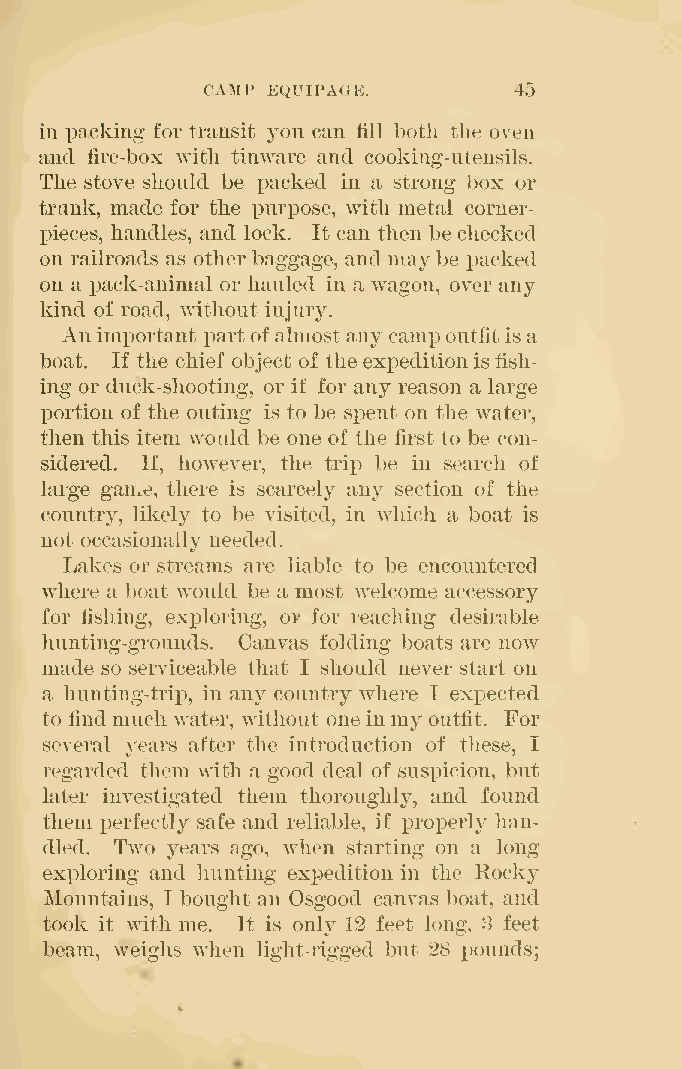
CAMP EQUIPAGE.       45
 in packing for transit you can fill both the oven
 and fire-box with tinware and cooking-utensils.
 The stove should be packed in a strong box or
 trunk, made for the purpose, with metal corner-
 pieces, handles, and lock. It can then be checked
 on railroads as other baggage, and maybe packed
 on a pack-animal or hauled in a wagon, over any
 kind of road, without injury.
 Animportant partofalmostany campoutfitis a
 boat. If the chief object of theexx)editionisfish-
 ing or duck-shooting, or if for any reason a large
 portion of the outing is to be sx)ent on the water,
 then this item would be one of the first to be con-
 sidered. If, however, the trij) be in search of
 large game, there is scarcely any section of the
 country, likely to be visited, in which a boat is
 not occasionally needed.
 Lakes or streams are liable to be encountered
 where a boat would be a most welcome accessory
 for fishing, exploring, or for reaching desirable
 hunting-grounds. Canvas folding boats are now
 made so serviceable that I should never start on
 a hunting-trii3, in any country where I exx)ected
 to find much water, without one inmy outfit. For
 several years after the introduction of these, I
 regarded them with a good deal of suspicion, but
 later investigated them thoroughly, and found
 them perfectly safe and reliable, if j)roperly han-
 dled. Two years ago, when starting on a long
 exploring and hunting ex2;)edition in the Rocky
 Mountains, I bought an Osgood canvas boat, and
 took it with me. It is only 12 feet long, 3 feet
 beam, weighs when light-rigged but 28 pounds;